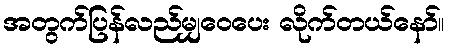
အတွက်ပြန်လည်မျှဝေပေး လိုက်တယ်နော်။